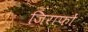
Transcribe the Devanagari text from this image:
जिराफों